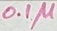
Text: 0.1µ